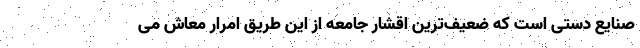
صنایع دستی است که ضعیف‌ترین اقشار جامعه از این طریق امرار معاش می